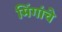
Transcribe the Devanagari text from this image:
मिंगांचे